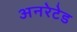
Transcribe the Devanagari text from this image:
अनरेटेड